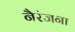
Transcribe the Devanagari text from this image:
नैरंजना